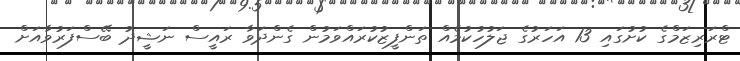
ޓްރަރިޒަމްގެ ކުށުގައި 13 އަހަރުގެ ޖަލުހުކުމެއް ތަންފީޒުކުރައްވަމުން ގެންދަވާ ރައީސް ނަޝީދު ބޭސްފަރުވާއަށް